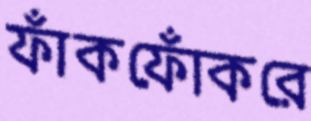
ফাঁকফোঁকরে